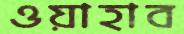
ওয়াহাব